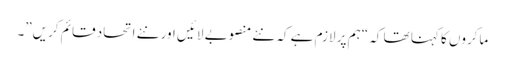
ماکروں کا کہنا تھا کہ “ہم پر لازم ہے کہ نئے منصوبے لائیں اور نئے اتحاد قائم کریں”۔